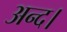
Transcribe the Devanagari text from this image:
अन्द।